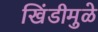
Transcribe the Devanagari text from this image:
खिंडीमुळे